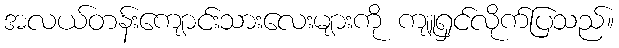
အလယ်တန်းကျောင်းသားလေးများကို ကျူရှင်လိုက်ပြသည်။